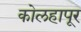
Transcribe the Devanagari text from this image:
कोलहापूर